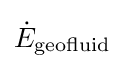
{\dot {E}}_{\text{geofluid}}